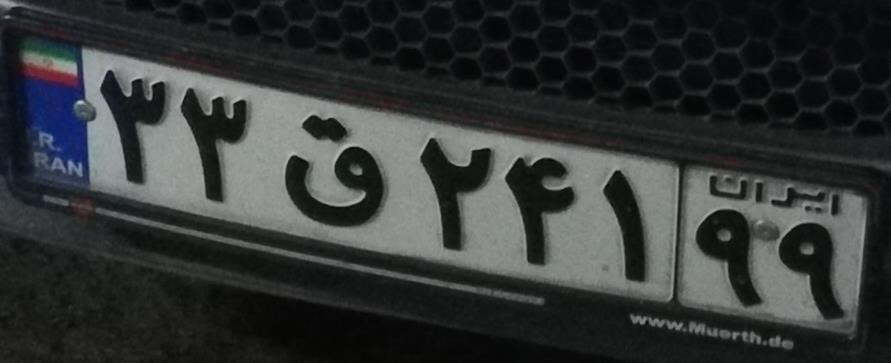
۳۳ق۲۴۱۹۹